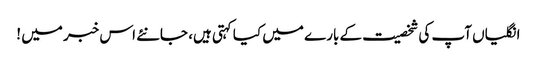
انگلیاں آپ کی شخصیت کے بارے میں کیا کہتی ہیں، جانئے اس خبر میں !